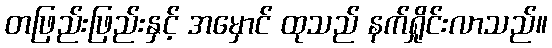
တဖြည်းဖြည်းနှင့် အမှောင် ထုသည် နက်ရှိုင်းလာသည်။